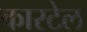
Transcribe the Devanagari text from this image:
कारटेल